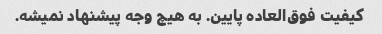
کیفیت فوق‌العاده پایین. به هیچ وجه پیشنهاد نمیشه.